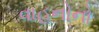
વાહનોનો